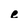
Character: e